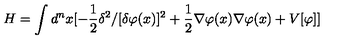
H = \int d ^ { n } x [ - { \frac { 1 } { 2 } } \delta ^ { 2 } / [ \delta \varphi ( x ) ] ^ { 2 } + { \frac { 1 } { 2 } } \nabla \varphi ( x ) \nabla \varphi ( x ) + V [ \varphi ] ]